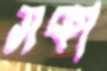
সকা